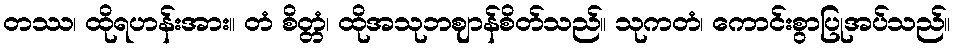
တဿ၊ ထိုရဟန်းအား။ တံ စိတ္တံ၊ ထိုအသုဘဈာန်စိတ်သည်။ သုကတံ၊ ကောင်းစွာပြုအပ်သည်။